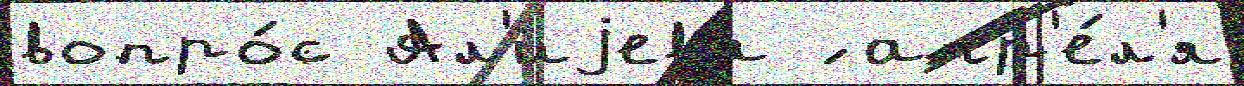
вопро́с Ал'иjева ́ апр'е́л'я